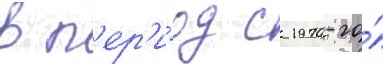
в п'ер'и́од с 1970-го́